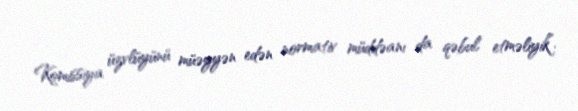
Komissiya üzvlüyünü müəyyən edən normativ müddəanı da qəbul etməliyik”.